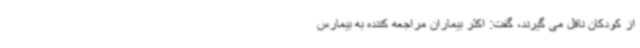
از کودکان ناقل می گیرند، گفت: اکثر بیماران مراجعه کننده به بیمارس